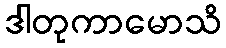
ဒါတုကာမောသိ